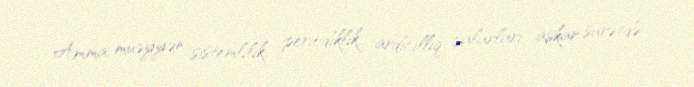
Amma müəyyən sistemlilik, periodiklik, ardıcıllıq çalarları aşkar surətdə